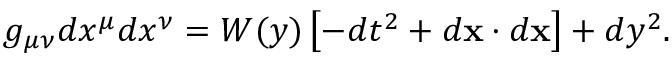
g _ { \mu \nu } d x ^ { \mu } d x ^ { \nu } = { \cal W } ( y ) \left[ - d t ^ { 2 } + d { \bf x } \cdot d { \bf x } \right] + d y ^ { 2 } .